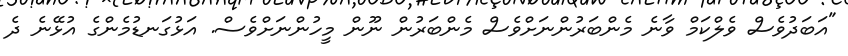
"އަބަދުވެސް ވެލްކަމް ވާނެ މެންބަރުންނަށްވެސް މެންބަރުން ނޫން މީހުންނަށްވެސް. އަޅުގަނޑުމެންގެ އުޅޭނެ ދެ